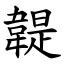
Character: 䪘